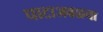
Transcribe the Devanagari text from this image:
घाटाजवळचा